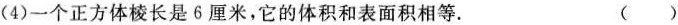
(4)一个正方体棱长是6厘米，它的体积和表面积相等。 ()